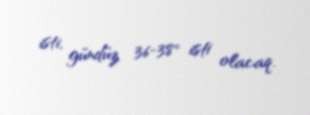
isti, gündüz 36-38° isti olacaq.